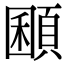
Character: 𩓽